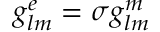
g _ { l m } ^ { e } = \sigma g _ { l m } ^ { m }